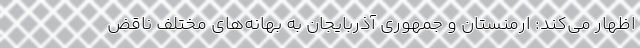
اظهار می‌کند: ارمنستان و جمهوری آذربایجان به بهانه‌های مختلف ناقض